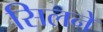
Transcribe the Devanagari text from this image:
सिलने